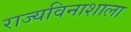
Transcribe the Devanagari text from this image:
राज्यविनाशाला